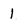
Character: 1